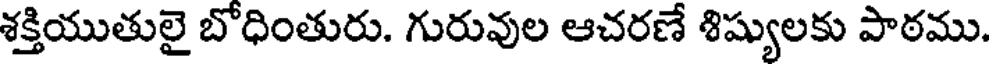
శక్తియుతులై బోధింతురు. గురువుల ఆచరణే శిష్యులకు పాఠము.